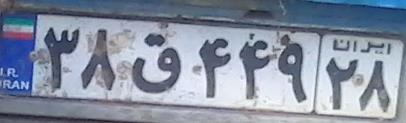
۳۸ق۴۴۹۲۸